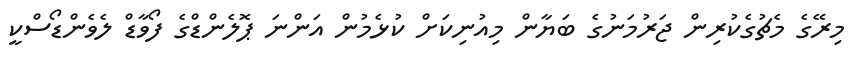
މިރޭގެ މެޗުގެކުރިން ޖަރުމަނުގެ ބަޔާން މިއުނިކަށް ކުޅެމުން އަންނަ ޕޮލެންޑްގެ ފޯވާޑް ލެވެންޑޯސްކީ